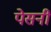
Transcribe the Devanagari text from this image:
पेसनीं